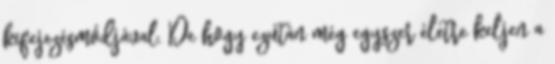
kifejezésmódjával. De hogy ezután még egyszer életre keljen a